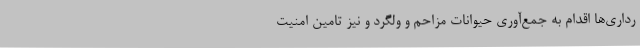
رداری‌ها اقدام به جمع‌آوری حیوانات مزاحم و ولگرد و نیز تامین امنیت